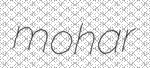
mohar